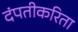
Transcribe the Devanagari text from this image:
दंपतीकरिता